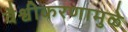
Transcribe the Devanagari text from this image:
वैश्वीकरणामुळे